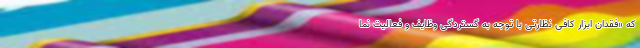
که «فقدان ابزار کافی نظارتی با توجه به گستردگی وظایف و فعالیت نما